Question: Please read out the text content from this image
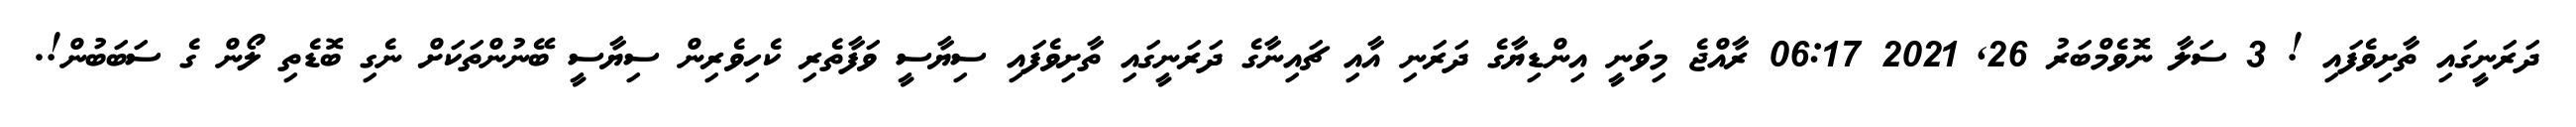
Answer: ދަރަނީގައި ތާށިވެފައި ! 3 ސަލާ ނޮވެމްބަރު 26, 2021 06:17 ރާއްޖެ މިވަނީ އިންޑިޔާގެ ދަރަނި އާއި ޗައިނާގެ ދަރަނީގައި ތާށިވެފައި ސިޔާސީ ވަފާތެރި ކެހިވެރިން ސިޔާސީ ބޭނުންތަކަށް ނެގި ބޮޑެތި ލޯން ގެ ސަބަބުން!.